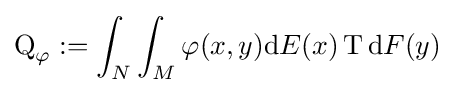
\operatorname {Q} _{\varphi }:=\int _{N}\int _{M}\varphi (x,y)\mathrm {d} E(x)\operatorname {T} \mathrm {d} F(y)